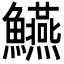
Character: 𩽒